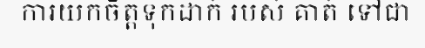
ការយកចិត្តទុកដាក់ របស់ គាត់ ទៅជា